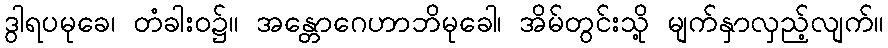
ဒွါရပမုခေ၊ တံခါးဝ၌။ အန္တောဂေဟာဘိမုခေါ၊ အိမ်တွင်းသို့ မျက်နှာလှည့်လျက်။